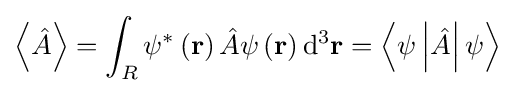
\left\langle {\hat {A}}\right\rangle =\int _{R}\psi ^{*}\left(\mathbf {r} \right){\hat {A}}\psi \left(\mathbf {r} \right)\mathrm {d} ^{3}\mathbf {r} =\left\langle \psi \left|{\hat {A}}\right|\psi \right\rangle